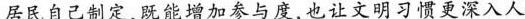
居民自己制定，既能增加参与度，也让文明习惯更深入人